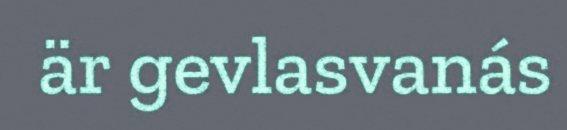
är gevlasvanás